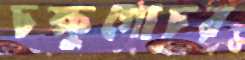
চক্ষুগোচর